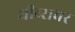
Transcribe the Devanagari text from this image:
थीब्सवर